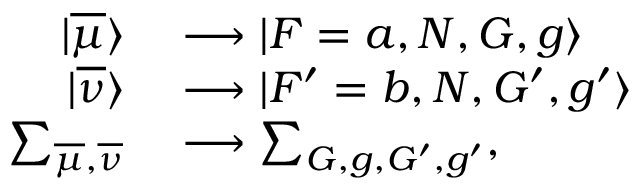
\begin{array} { r l } { | \overline { { \mu } } \rangle } & { { } \longrightarrow | F = a , N , G , g \rangle } \\ { | \overline { { \nu } } \rangle } & { { } \longrightarrow | F ^ { \prime } = b , N , G ^ { \prime } , g ^ { \prime } \rangle } \\ { \sum _ { \overline { { \mu } } , \overline { { \nu } } } } & { { } \longrightarrow \sum _ { G , g , G ^ { \prime } , g ^ { \prime } } , } \end{array}